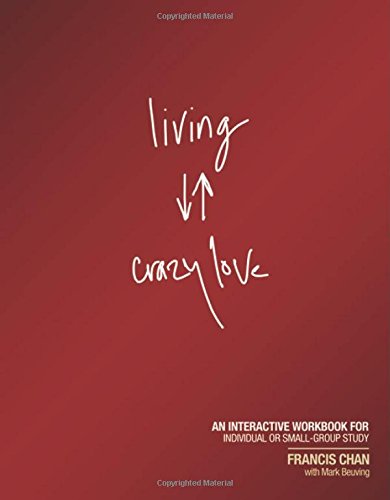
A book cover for Living Crazy Love: An Interactive Workbook for Individual or Small-Group Study; Francis Chan; Christian Books & Bibles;